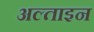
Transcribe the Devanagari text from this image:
अल्ताइन